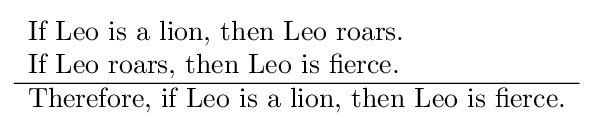
{\begin{array}{l}{\text{If Leo is a lion, then Leo roars.}}\\{\text{If Leo roars, then Leo is fierce.}}\\\hline {\text{Therefore, if Leo is a lion, then Leo is fierce.}}\end{array}}